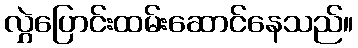
လွှဲပြောင်းထမ်းဆောင်နေသည်။